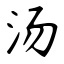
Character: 汤